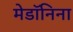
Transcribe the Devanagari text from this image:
मेडॉनिना